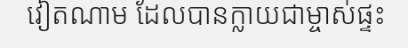
វៀតណាម ដែលបានក្លាយជាម្ចាស់ផ្ទះ